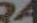
RA